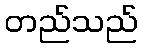
တည်သည်